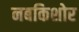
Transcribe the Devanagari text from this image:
नबकिशोर